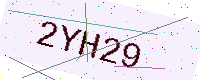
Text: 2YH29